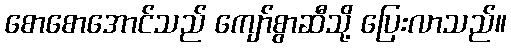
စောစောအောင်သည် ကျော်စွာဆီသို့ ပြေးလာသည်။